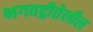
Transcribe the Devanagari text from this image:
भगवद्गीतेलील